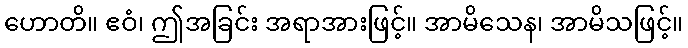
ဟောတိ။ ဧဝံ၊ ဤအခြင်း အရာအားဖြင့်။ အာမိသေန၊ အာမိသဖြင့်။